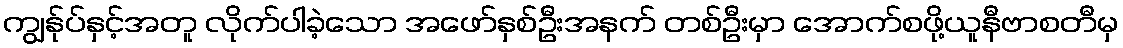
ကျွန်ုပ်နှင့်အတူ လိုက်ပါခဲ့သော အဖော်နှစ်ဦးအနက် တစ်ဦးမှာ အောက်စဖို့ယူနီဗာစတီမှ